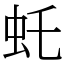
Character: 虴